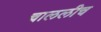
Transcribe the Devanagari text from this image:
चाललीच